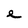
Character: e